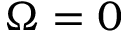
\Omega = 0